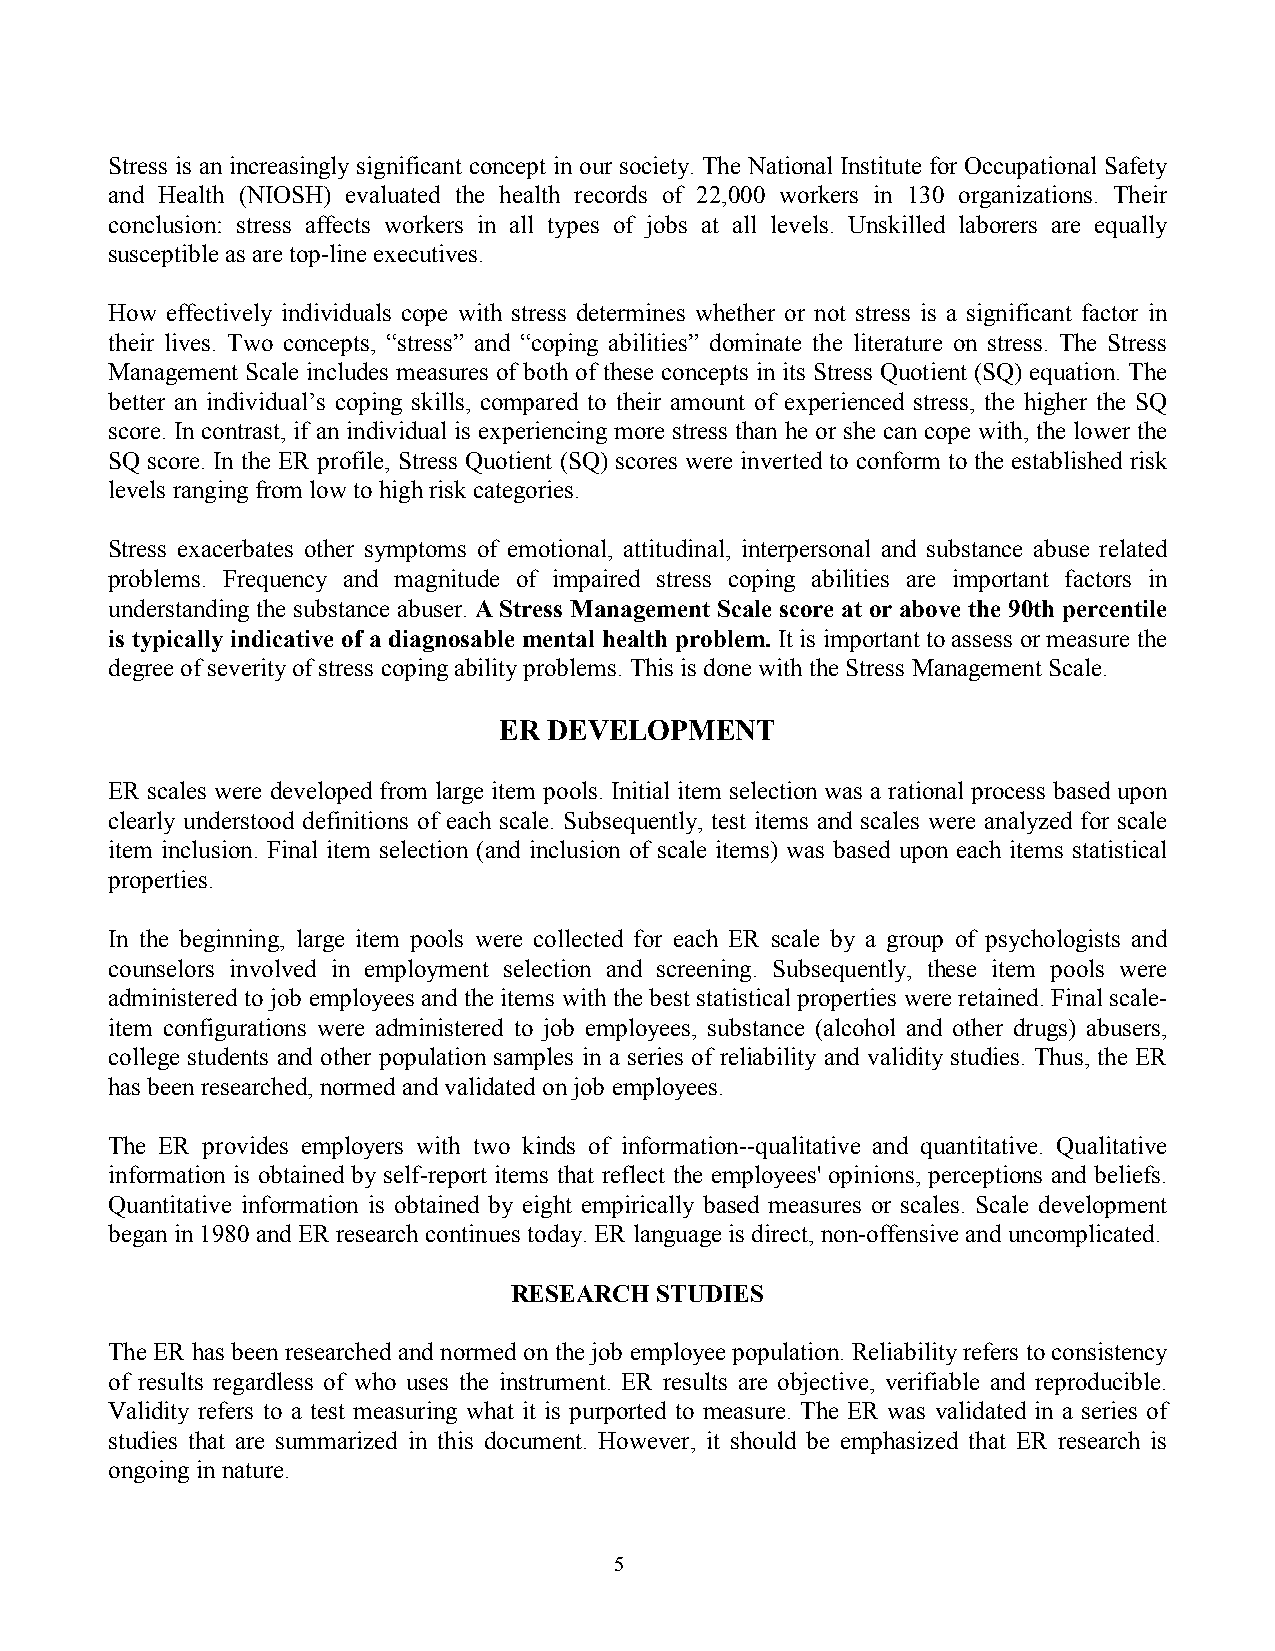
Stress is an increasingly significant concept in our society. The National Institute for Occupational Safety
 and Health (NIOSH) evaluated the health records of 22,000 workers in 130 organizations. Their
 conclusion: stress affects workers in all types of jobs at all levels. Unskilled laborers are equally
 susceptible as are top-line executives.
 How effectively individuals cope with stress determines whether or not stress is a significant factor in
 their lives. Two concepts, “stress” and “coping abilities” dominate the literature on stress. The Stress
 Management Scale includes measures of both of these concepts in its Stress Quotient (SQ) equation. The
 better an individual’s coping skills, compared to their amount of experienced stress, the higher the SQ
 score. In contrast, if an individual is experiencing more stress than he or she can cope with, the lower the
 SQ score. In the ER profile, Stress Quotient (SQ) scores were inverted to conform to the established risk
 levels ranging from low to high risk categories.
 Stress exacerbates other symptoms of emotional, attitudinal, interpersonal and substance abuse related
 problems. Frequency and magnitude of impaired stress coping abilities are important factors in
 understanding the substance abuser. A Stress Management Scale score at or above the 90th percentile
 is typically indicative of a diagnosable mental health problem. It is important to assess or measure the
 degree of severity of stress coping ability problems. This is done with the Stress Management Scale.
 ER DEVELOPMENT
 ER scales were developed from large item pools. Initial item selection was a rational process based upon
 clearly understood definitions of each scale. Subsequently, test items and scales were analyzed for scale
 item inclusion. Final item selection (and inclusion of scale items) was based upon each items statistical
 properties.
 In the beginning, large item pools were collected for each ER scale by a group of psychologists and
 counselors involved in employment selection and screening. Subsequently, these item pools were
 administered to job employees and the items with the best statistical properties were retained. Final scale-
 item configurations were administered to job employees, substance (alcohol and other drugs) abusers,
 college students and other population samples in a series of reliability and validity studies. Thus, the ER
 has been researched, normed and validated on job employees.
 The ER provides employers with two kinds of information--qualitative and quantitative. Qualitative
 information is obtained by self-report items that reflect the employees' opinions, perceptions and beliefs.
 Quantitative information is obtained by eight empirically based measures or scales. Scale development
 began in 1980 and ER research continues today. ER language is direct, non-offensive and uncomplicated.
 RESEARCH STUDIES
 The ER has been researched and normed on the job employee population. Reliability refers to consistency
 of results regardless of who uses the instrument. ER results are objective, verifiable and reproducible.
 Validity refers to a test measuring what it is purported to measure. The ER was validated in a series of
 studies that are summarized in this document. However, it should be emphasized that ER research is
 ongoing in nature.
 5